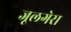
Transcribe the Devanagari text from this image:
जूलगेरा